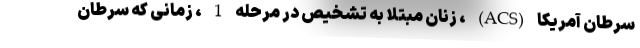
سرطان آمریکا (ACS) ، زنان مبتلا به تشخیص در مرحله 1 ، زمانی که سرطان